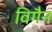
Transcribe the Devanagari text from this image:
विगैन